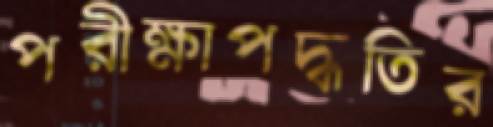
পরীক্ষাপদ্ধতির